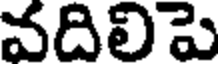
వదిలిపె